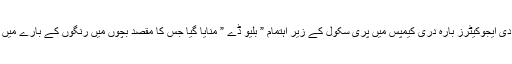
گجرات (جی پی آئی) دی ایجوکیٹرز بارہ دری کیمپس میں پری سکول کے زیر اہتمام ” بلیو ڈے ” منایا گیا جس کا مقصد بچوں میں رنگوں کے بارے میں شعور بیدار کرنا تھا ۔